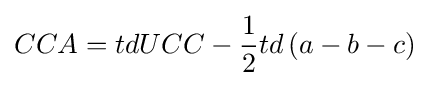
CCA=tdUCC-{\frac {1}{2}}td\left(a-b-c\right)